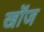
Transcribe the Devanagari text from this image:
खोंज